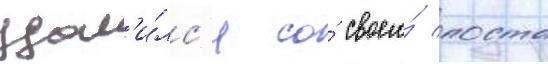
удал'и́лс'я со́ своего́ поста